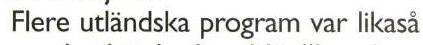
Flere utländska program var likaså